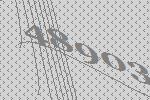
48903